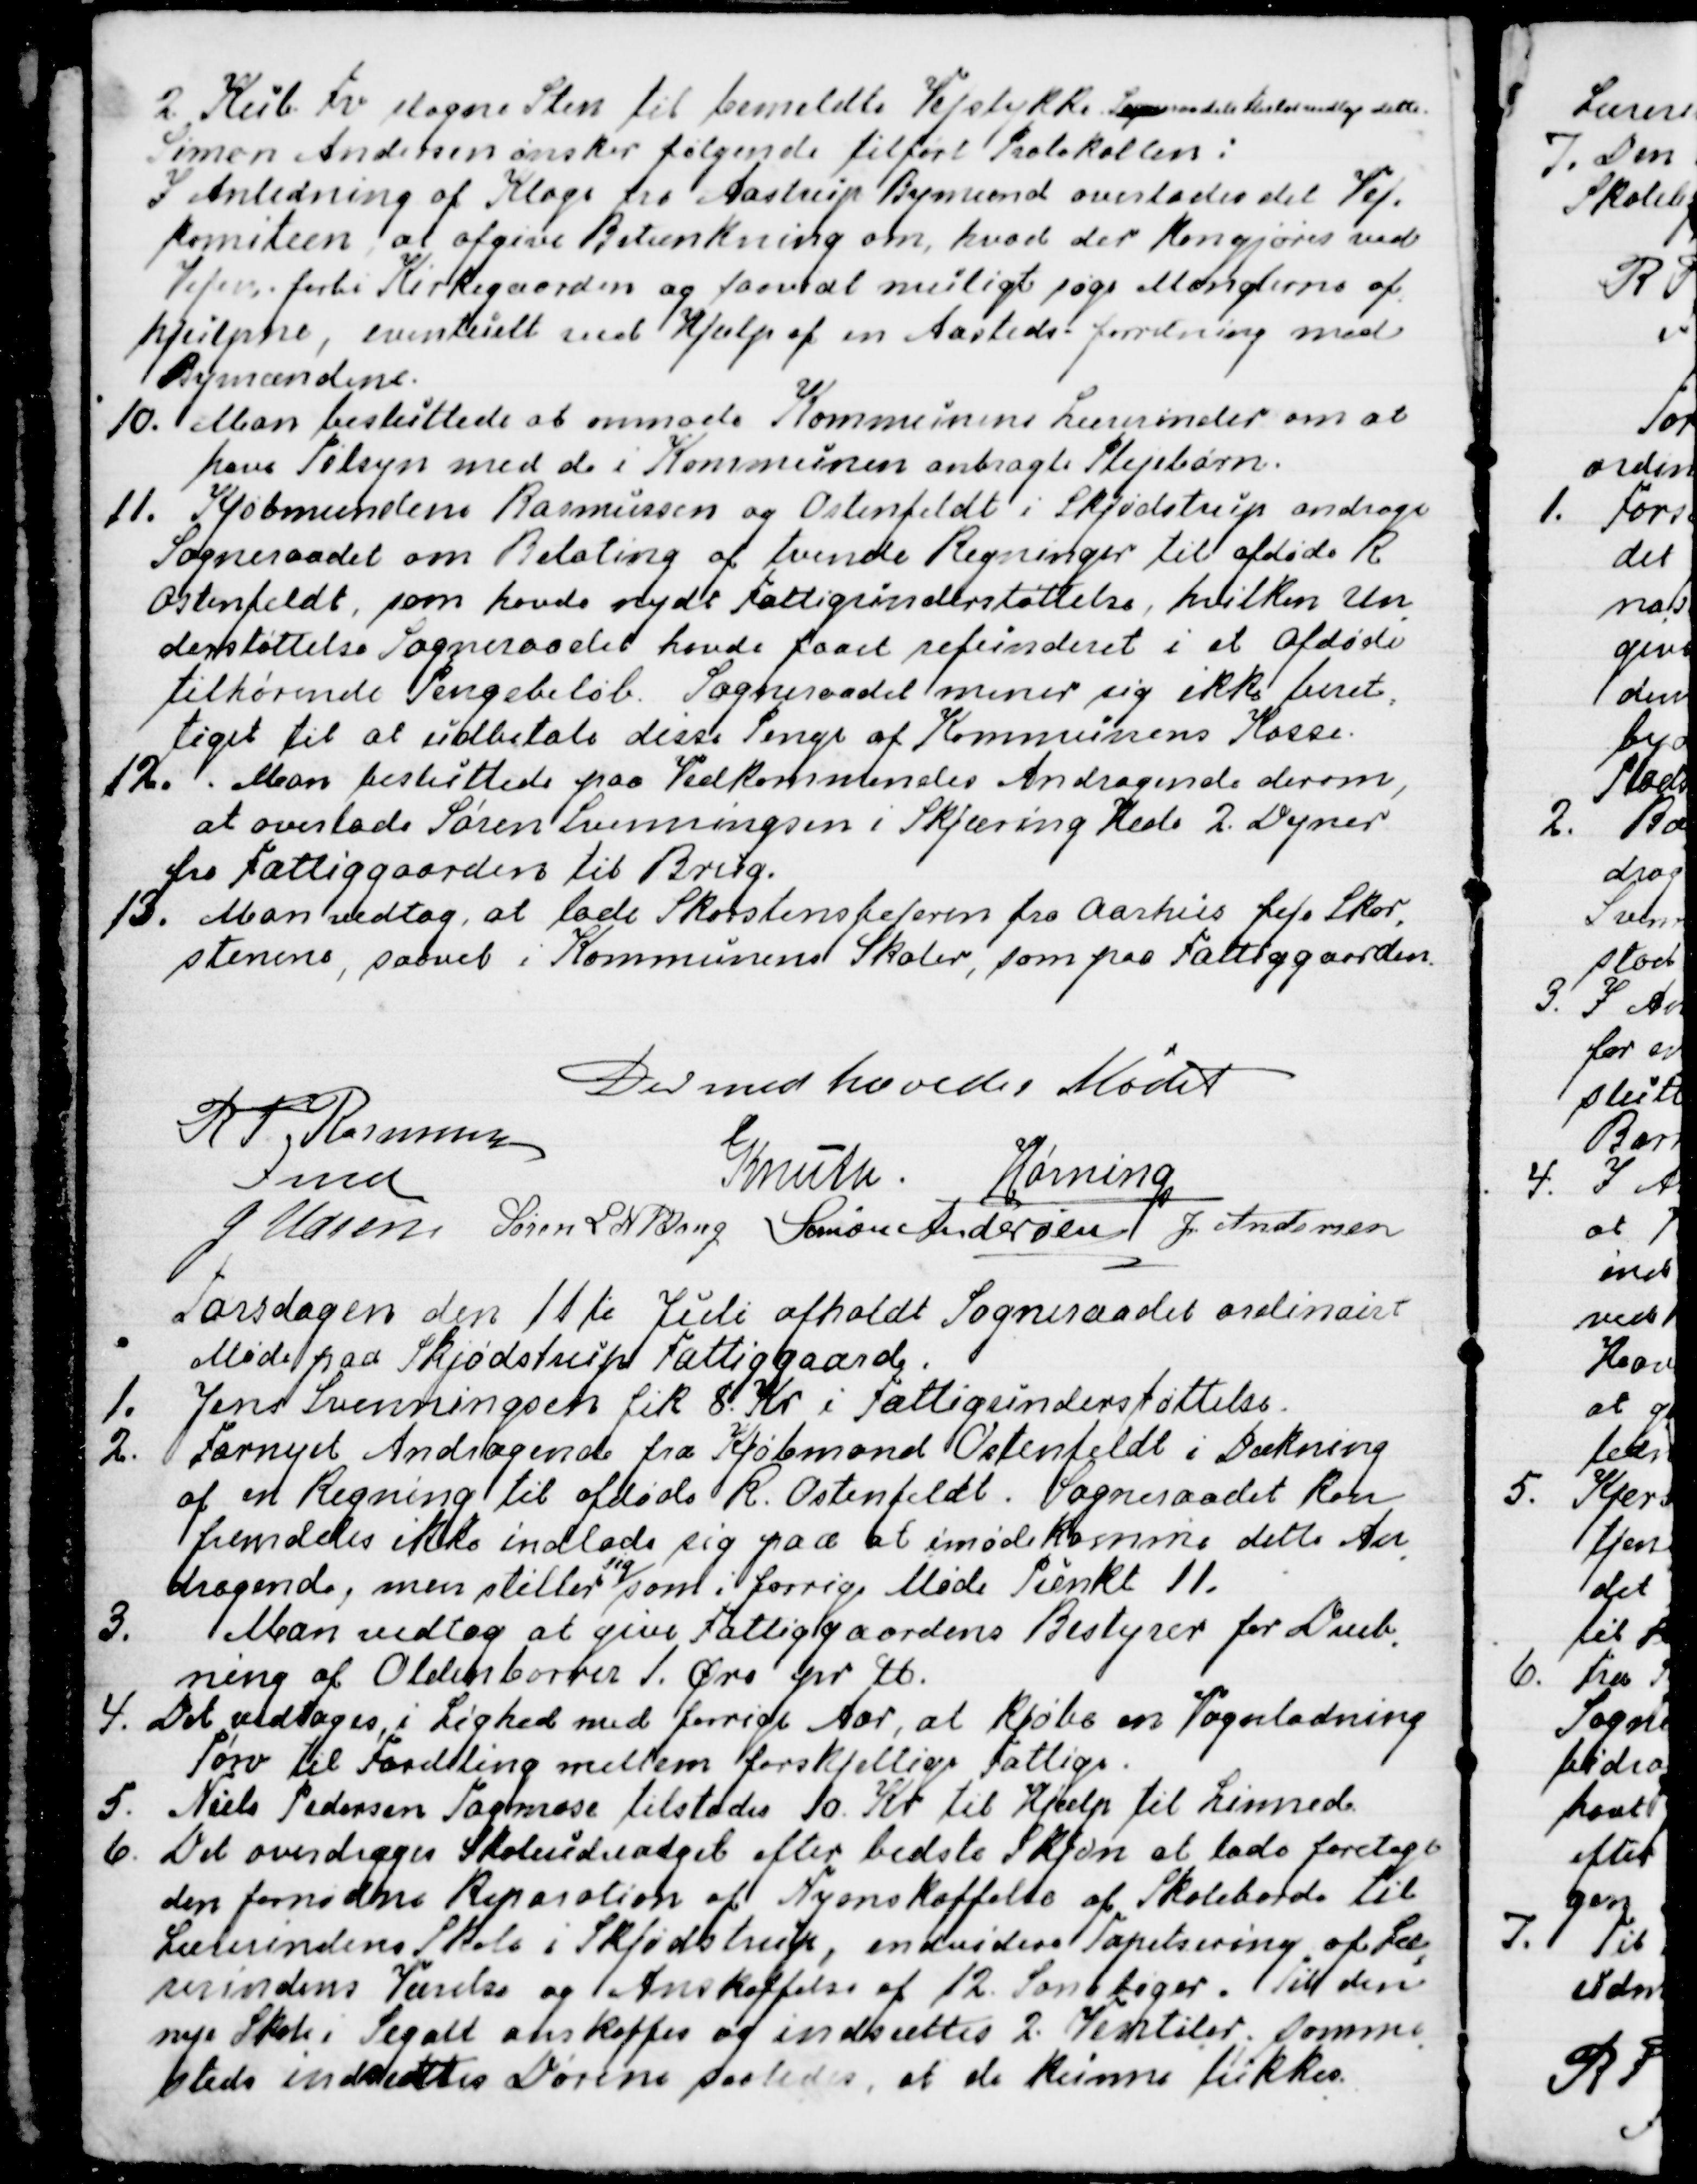
Transskription:
2 Kub Fv slagne Sten til bemeldte Vejstykke. Sogneraadets flertal vedtog dette.
Simon Andersen ønsker følgende tilført Protokollen:
I Anledning af Klage fra Aastrup Bymænd overlades det Vej-
komiteen, at afgive Betænkning om, hvad der kan gjøres ved
Vejen forbi Kirkegaarden og saavidt muligt søge Manglerne af
-
hjulpne, eventuelt ved Hjælp af en Aastedsforretning med
Bymændene.
10. Man besluttede at anmode Kommunens Lærerinder om at
have Tilsyn med de i Kommunen anbragte Plejebørn.
11. Kjøbmændene Rasmussen og Ostenfeldt i Skjødstrup androge
Sogneraadet om Betaling af tvende Regninger til afdøde R
Ostenfeldt, som havde nydt Fattigunderstøttelse, hvilken Un
-
derstøttelse Sogneraadet havde faaet refunderet i et Afdøde
tilhørende Pengebeløb. Sogneraadet mener sig ikke beret
-
tiget til at udbetale disse Penge af Kommunens Kasse.
12. Man besluttede paa Vedkommendes Andragende derom,
at overlade Søren Svenningsen i Skjæring Hede 2. Dyner
fra Fattiggaarden til Brug.
13. Man vedtog, at lade Skorstensfejeren fra Aarhus feje Skor
-
stenene, saavel i Kommunens Skoler, som paa Fattiggaarden.
Dermed hævedes Mødet
R P Rasmussen
Fmd
Knuth.
Hørning
J Udsen
Søren L N Bang
Simon Andersen
J. Andersen

Torsdagen den 11te Juli afholdt Sogneraadet ordinairt
Møde paa Skjødstrup Fattiggaard.
1. Jens Svenningsen fik 8. Kr. i Fattigunderstøttelse.
2. Fornyet Andragende fra Kjøbmand Ostenfeldt i Dækning
af en Regning til afdøde R. Ostenfeldt. Sogneraadet kan
fremdeles ikke indlade sig paa at imødekomme dette An
-
dragende, men stiller
sig
som i forrige Møde Punkt 11.
3. Man vedtog at give Fattiggaardens Bestyrer for Dræb-
ning af Oldenborrer 1. Øre pr ℔
4. Det vedtoges, i Lighed med forrige Aar, at kjøbe en Vognladning
Tørv til Fordeling mellem forskjellige Fattige.
5. Niels Pedersen Tagmose tilstodes 10. Kr til Hjælp til Linned.
6. Det overdroges Skoleudvalget efter bedste Skjøn at lade foretage
den fornødne Reparation af Nyanskaffelse af Skoleborde til
Lærerindens Skole i Skjødstrup, endvidere Tapetsering af Læ
-
rerindens Værelse og Anskaffelse af 12  Sangbøger . Til den
nye Skole i Segalt anskaffes og indsættes 2. Ventiler, samme
-
steds indrettes Dørerne saaledes, at de kunne lukkes.